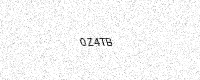
Text: 0Z4TB